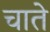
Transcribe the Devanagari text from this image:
चाते